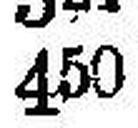
450